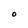
Character: 0